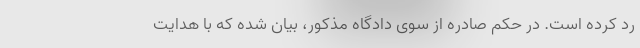
رد کرده است. ‌در حکم صادره از سوی دادگاه مذکور، بیان شده که با هدایت